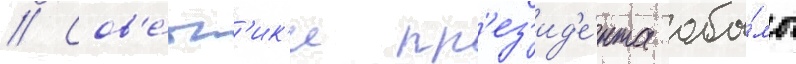
// Сов'е́тн'ик'и пр'ез'ид'е́нта оба́мы